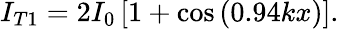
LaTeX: I_{T1}=2I_{0}\left[1+\cos\left(0.94kx\right)\right].